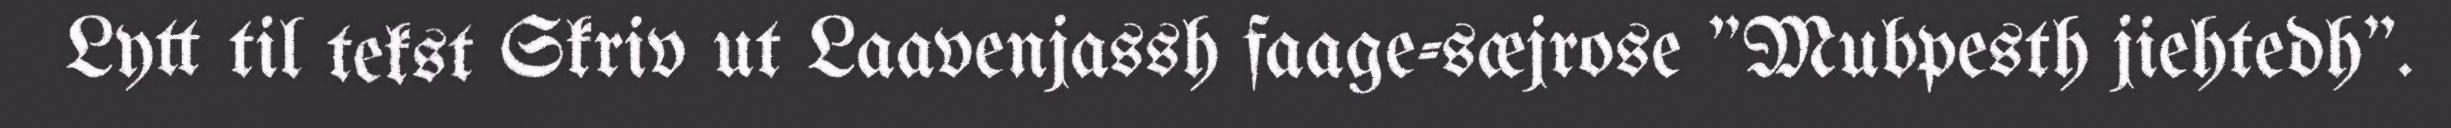
Lytt til tekst Skriv ut Laavenjassh faage-sæjrose "Mubpesth jiehtedh".